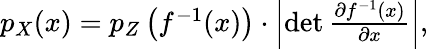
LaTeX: \begin{array}{r}{p_{X}(x)=p_{Z}\left(f^{-1}(x)\right)\cdot\left\vert\operatorname*{det}\frac{\partial f^{-1}(x)}{\partial x}\right\vert,}\end{array}